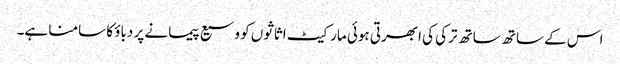
اس کے ساتھ ساتھ ترکی کی ابھرتی ہوئی مارکیٹ اثاثوں کو وسیع پیمانے پر دباؤ کا سامنا ہے۔